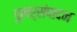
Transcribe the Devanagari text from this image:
पुनर्संपादन